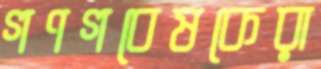
গণগবেষকেরা